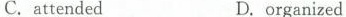
C. attendedD. organized